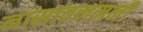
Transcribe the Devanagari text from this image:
नासावनमनी